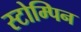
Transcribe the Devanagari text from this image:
स्टोम्पिन